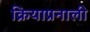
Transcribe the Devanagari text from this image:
क्रियाप्रनाली